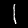
Label: 1